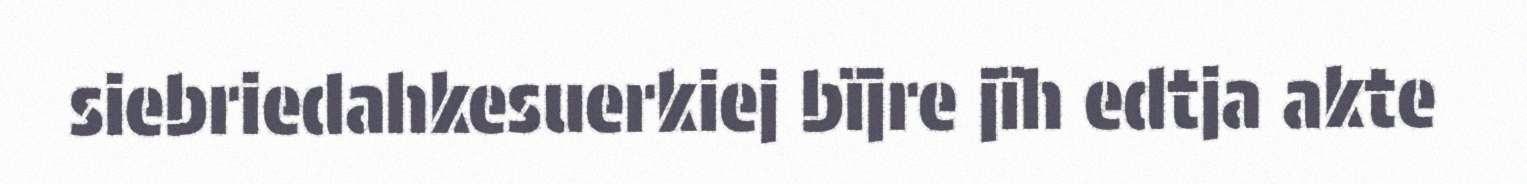
siebriedahkesuerkiej bïjre jïh edtja akte